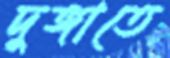
দুঙ্গাতে